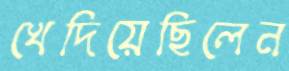
খেদিয়েছিলেন